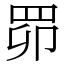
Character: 𦊑